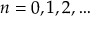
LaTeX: \quad n = 0 , 1 , 2 , \ldots